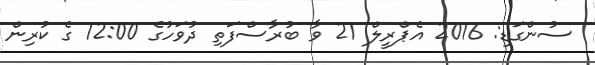
ސުންގަޑި: 2016 އެޕްރީލް 21 ވާ ބުރާސްފަތި ދުވަހުގެ 12:00 ގެ ކުރިން